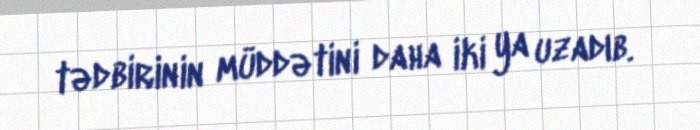
tədbirinin müddətini daha iki ya uzadıb.